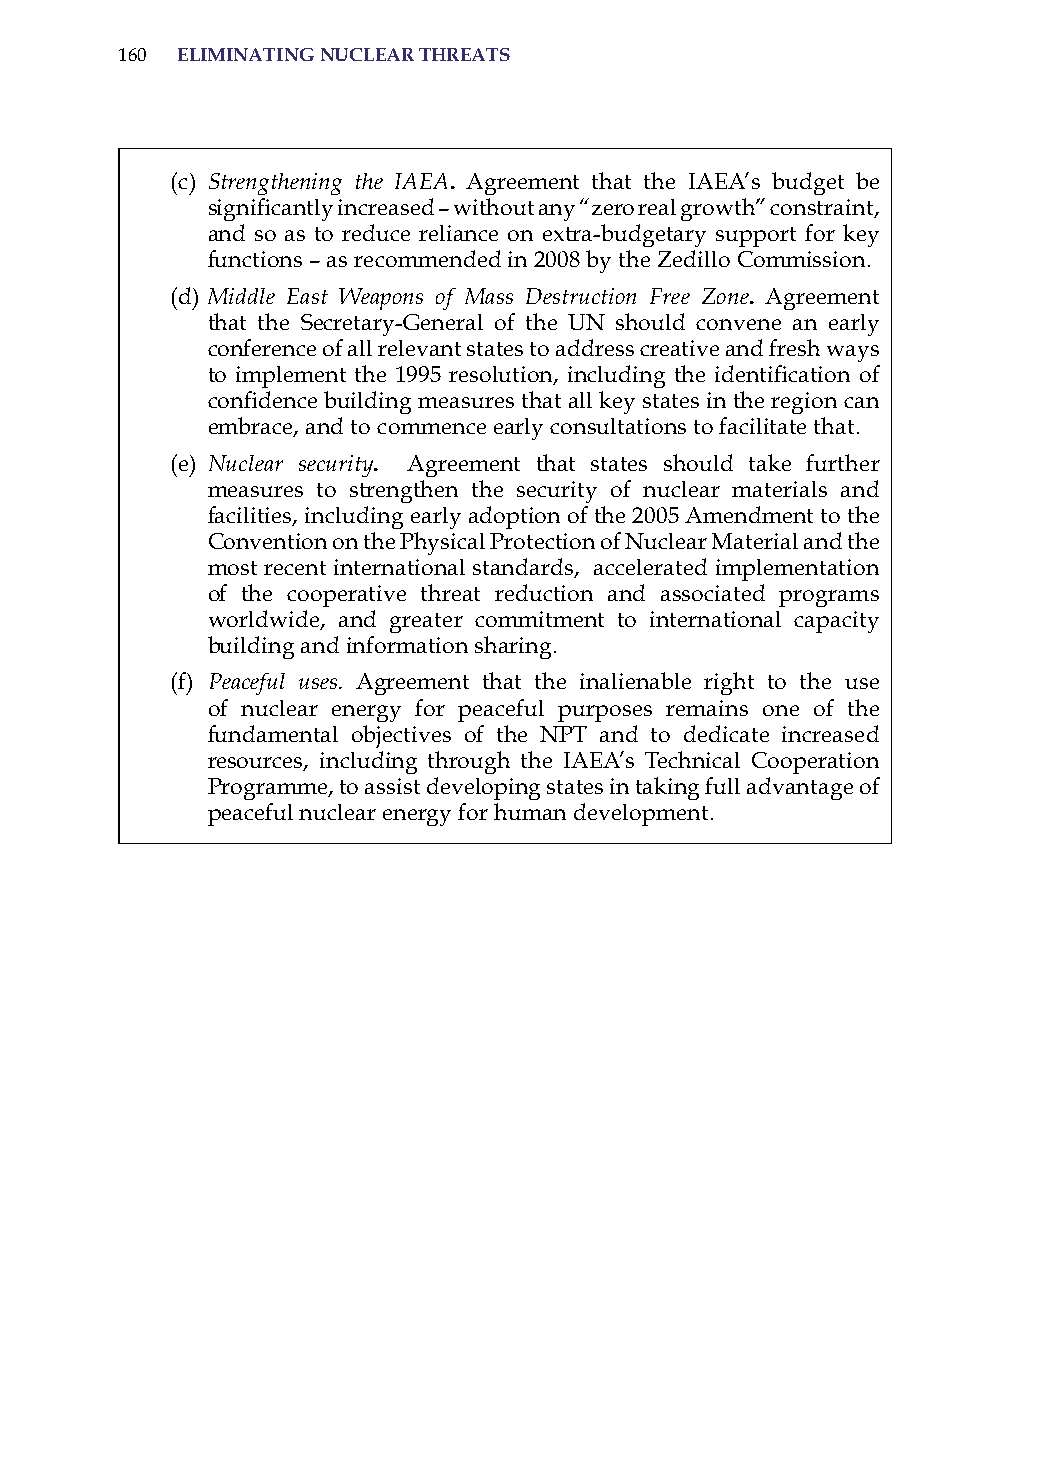
160 eliminatinG nuclear threats
 (c) Strengthening the IAEA. agreement that the iaEa’s budget be
 significantly increased – without any “zero real growth” constraint,
 and so as to reduce reliance on extra-budgetary support for key
 functions – as recommended in 2008 by the Zedillo Commission.
 (d) Middle East Weapons of Mass Destruction Free Zone. agreement
 that the secretary-General of the UN should convene an early
 conference of all relevant states to address creative and fresh ways
 to implement the 1995 resolution, including the identification of
 confidence building measures that all key states in the region can
 embrace, and to commence early consultations to facilitate that.
 (e) Nuclear security. agreement that states should take further
 measures to strengthen the security of nuclear materials and
 facilities, including early adoption of the 2005 amendment to the
 Convention on the Physical Protection of Nuclear Material and the
 most recent international standards, accelerated implementation
 of the cooperative threat reduction and associated programs
 worldwide, and greater commitment to international capacity
 building and information sharing.
 (f) Peaceful uses. agreement that the inalienable right to the use
 of nuclear energy for peaceful purposes remains one of the
 fundamental objectives of the NPT and to dedicate increased
 resources, including through the iaEa’s Technical Cooperation
 Programme, to assist developing states in taking full advantage of
 peaceful nuclear energy for human development.